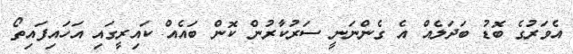
އެވަރުގެ ބޮޑު ބަދަލެއް އެ ގެންނަނީ ސަރުކާރުން ކޮން ބައެއް ކައިރީގައި އަހައިފައިތޯ